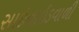
સાઇનાઇડવાળી